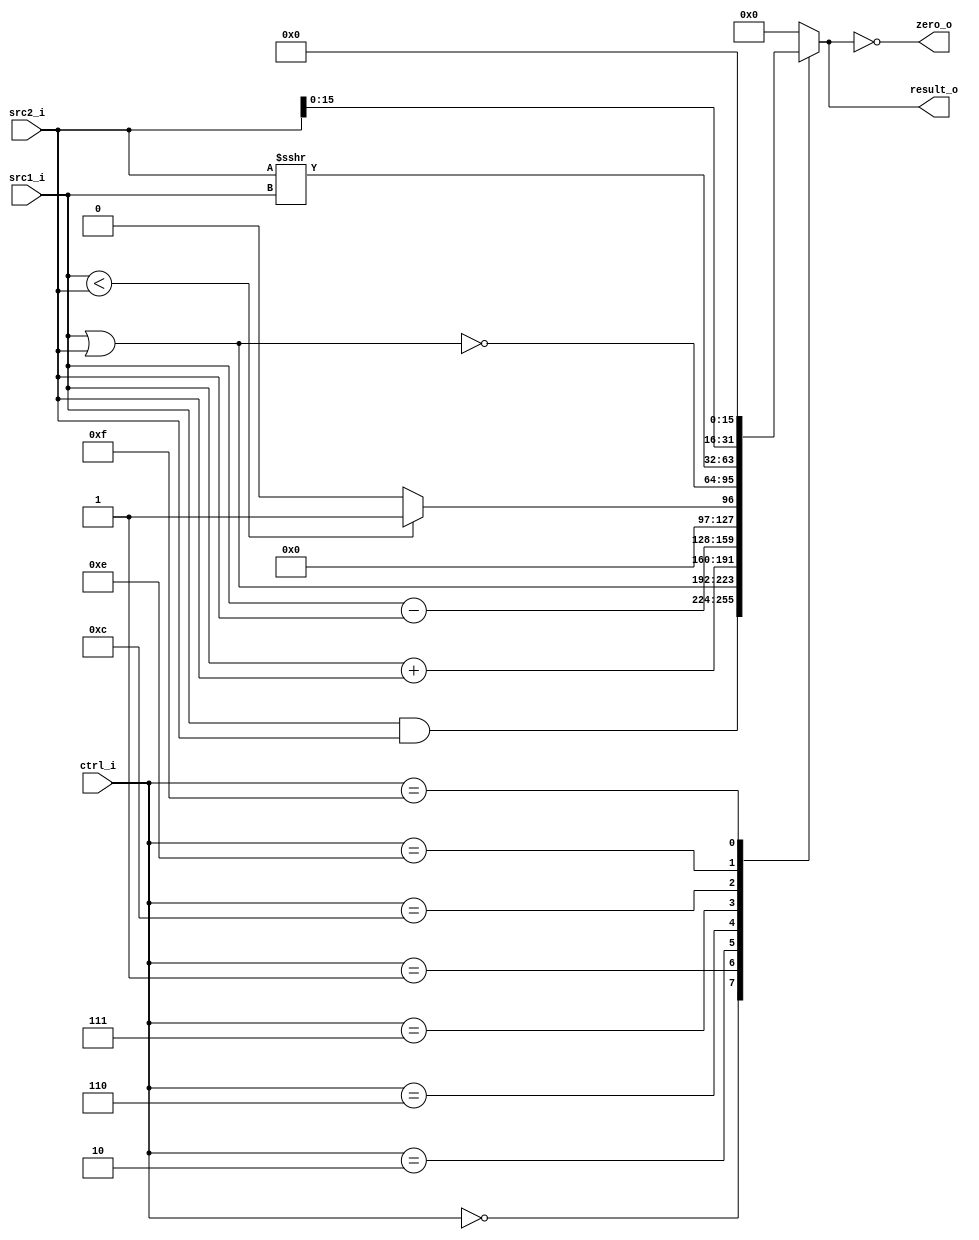
//Subject:     CO project 2 - ALU
// 0616086
//--------------------------------------------------------------------------------

module ALU(
    src1_i,
	src2_i,
	ctrl_i,
	result_o,
	zero_o
	);
     
//I/O ports
input  [32-1:0]  src1_i;
input  [32-1:0]	 src2_i;
input  [4-1:0]   ctrl_i;

output [32-1:0]	 result_o;
output           zero_o;

//Internal signals
wire signed [32-1:0] src1_i_signed;
wire signed [32-1:0] src2_i_signed;
reg    [32-1:0]  result_o;
wire             zero_o;

//Parameter
assign src1_i_signed = src1_i;
assign src2_i_signed = src2_i;
assign zero_o = (result_o == 0);
//Main function
always @(*) begin
    case (ctrl_i)
        0: result_o = src1_i & src2_i;
        1: result_o = src1_i | src2_i;
        2: result_o = src1_i + src2_i;
        6: result_o = src1_i - src2_i;
        7: result_o = src1_i < src2_i ? 1 : 0;
        12: result_o = ~(src1_i | src2_i);
        14: result_o = src2_i_signed >>> src1_i_signed;
        15: result_o = src2_i << 16;
        default: result_o = 0;
    endcase
end

endmodule